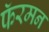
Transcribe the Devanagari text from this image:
फॅरमन